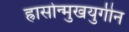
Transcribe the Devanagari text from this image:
ह्रासोन्मुखयुगीन